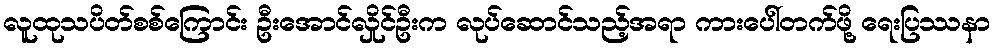
လူထုသပိတ်စစ်ကြောင်း ဦးအောင်လှိုင်ဦးက လုပ်ဆောင်သည့်အရာ ကားပေါ်တက်ဖို့ ရေးပြဿနာ